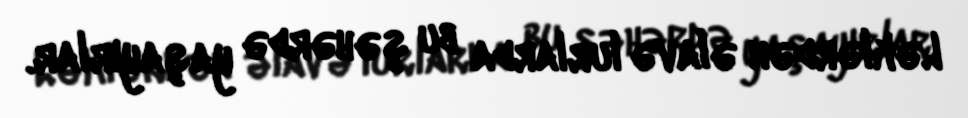
Ləklərdən əlavə lurlarda bu şəhərdə yaşayırlar.